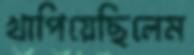
খাপিয়েছিলেম